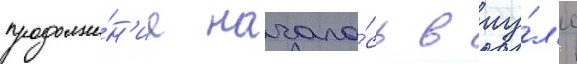
продолже́н'ие начало́сь в иу́л'е